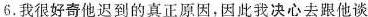
6.我很好奇他迟到的真正原因，因此我决心去跟他谈